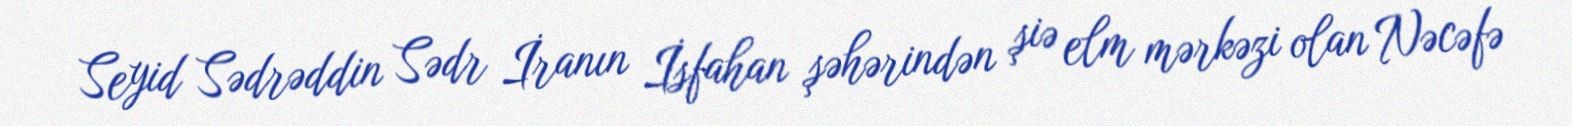
Seyid Sədrəddin Sədr İranın İsfahan şəhərindən şiə elm mərkəzi olan Nəcəfə